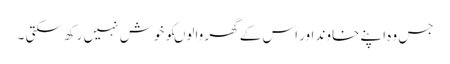
جس وہ اپنے خاوند اور اس کے گھر والوںکو خوش نہیں رکھ سکتی ۔